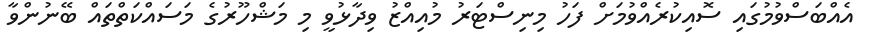
އެއްބަސްވުމުގައި ސޮއިކުރެއްވުމަށް ފަހު މިނިސްޓަރު މުއިއްޒު ވިދާޅުވީ މި މަޝްހޫރުގެ މަސައްކަތްތައް ބޭނުންވާ